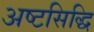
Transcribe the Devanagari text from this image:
अष्टसिद्धि